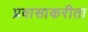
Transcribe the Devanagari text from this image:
प्रवासाकरीता